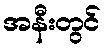
အနီးတွင်